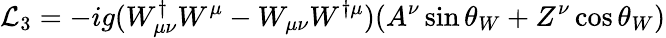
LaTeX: {\cal{L}}_{3}=-ig(W_{\mu\nu}^{\dagger}W^{\mu}-W_{\mu\nu}W^{\dagger\mu})(A^{\nu}\sin\theta_{W}+Z^{\nu}\cos\theta_{W})